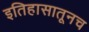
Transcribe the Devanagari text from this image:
इतिहासातूनच